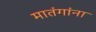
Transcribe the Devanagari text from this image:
मातंगांना